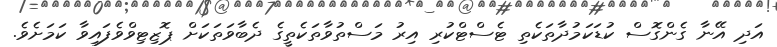
އަދި އޭނާ ގެންގޮސް ކުޑަކަމުދާތަކެތި ޓެސްޓްކުރި އިރު މަސްތުވާތަކެތީގެ ދެބާވަތަކަށް ޕޮޒިޓިވްވެފައިވާ ކަމަށެވެ.